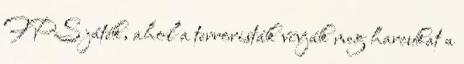
FPS játék, ahol a terroristák vívják meg harcukat a